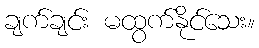
ချက်ချင်း မထွက်နိုင်သေး။